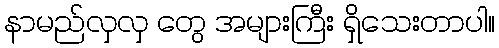
နာမည်လှလှ တွေ အများကြီး ရှိသေးတာပါ။